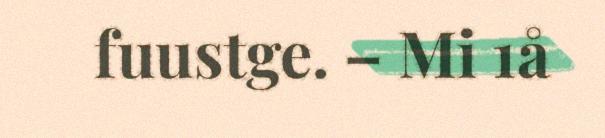
fuustge. – Mi 1å